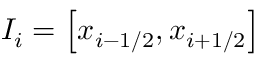
I _ { i } = \left[ x _ { i - 1 / 2 } , x _ { i + 1 / 2 } \right]